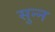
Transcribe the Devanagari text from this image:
सुन्‍न